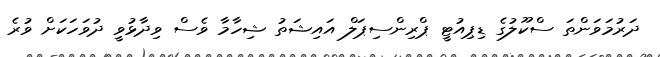
ދަރުމަވަންތަ ސްކޫލުގެ ޑިޕިއުޓީ ޕްރިންސިޕަލް އައިޝަތު ޝިހާމާ ވެސް ވިދާޅުވީ ދުވަހަކަށް ވުރެ